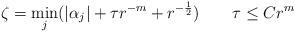
LaTeX: \begin{align*}\zeta =\min_j(|\alpha_j|+\tau r ^{-m}+r ^{-\frac{1}{2}})\qquad\tau \le Cr^m\end{align*}